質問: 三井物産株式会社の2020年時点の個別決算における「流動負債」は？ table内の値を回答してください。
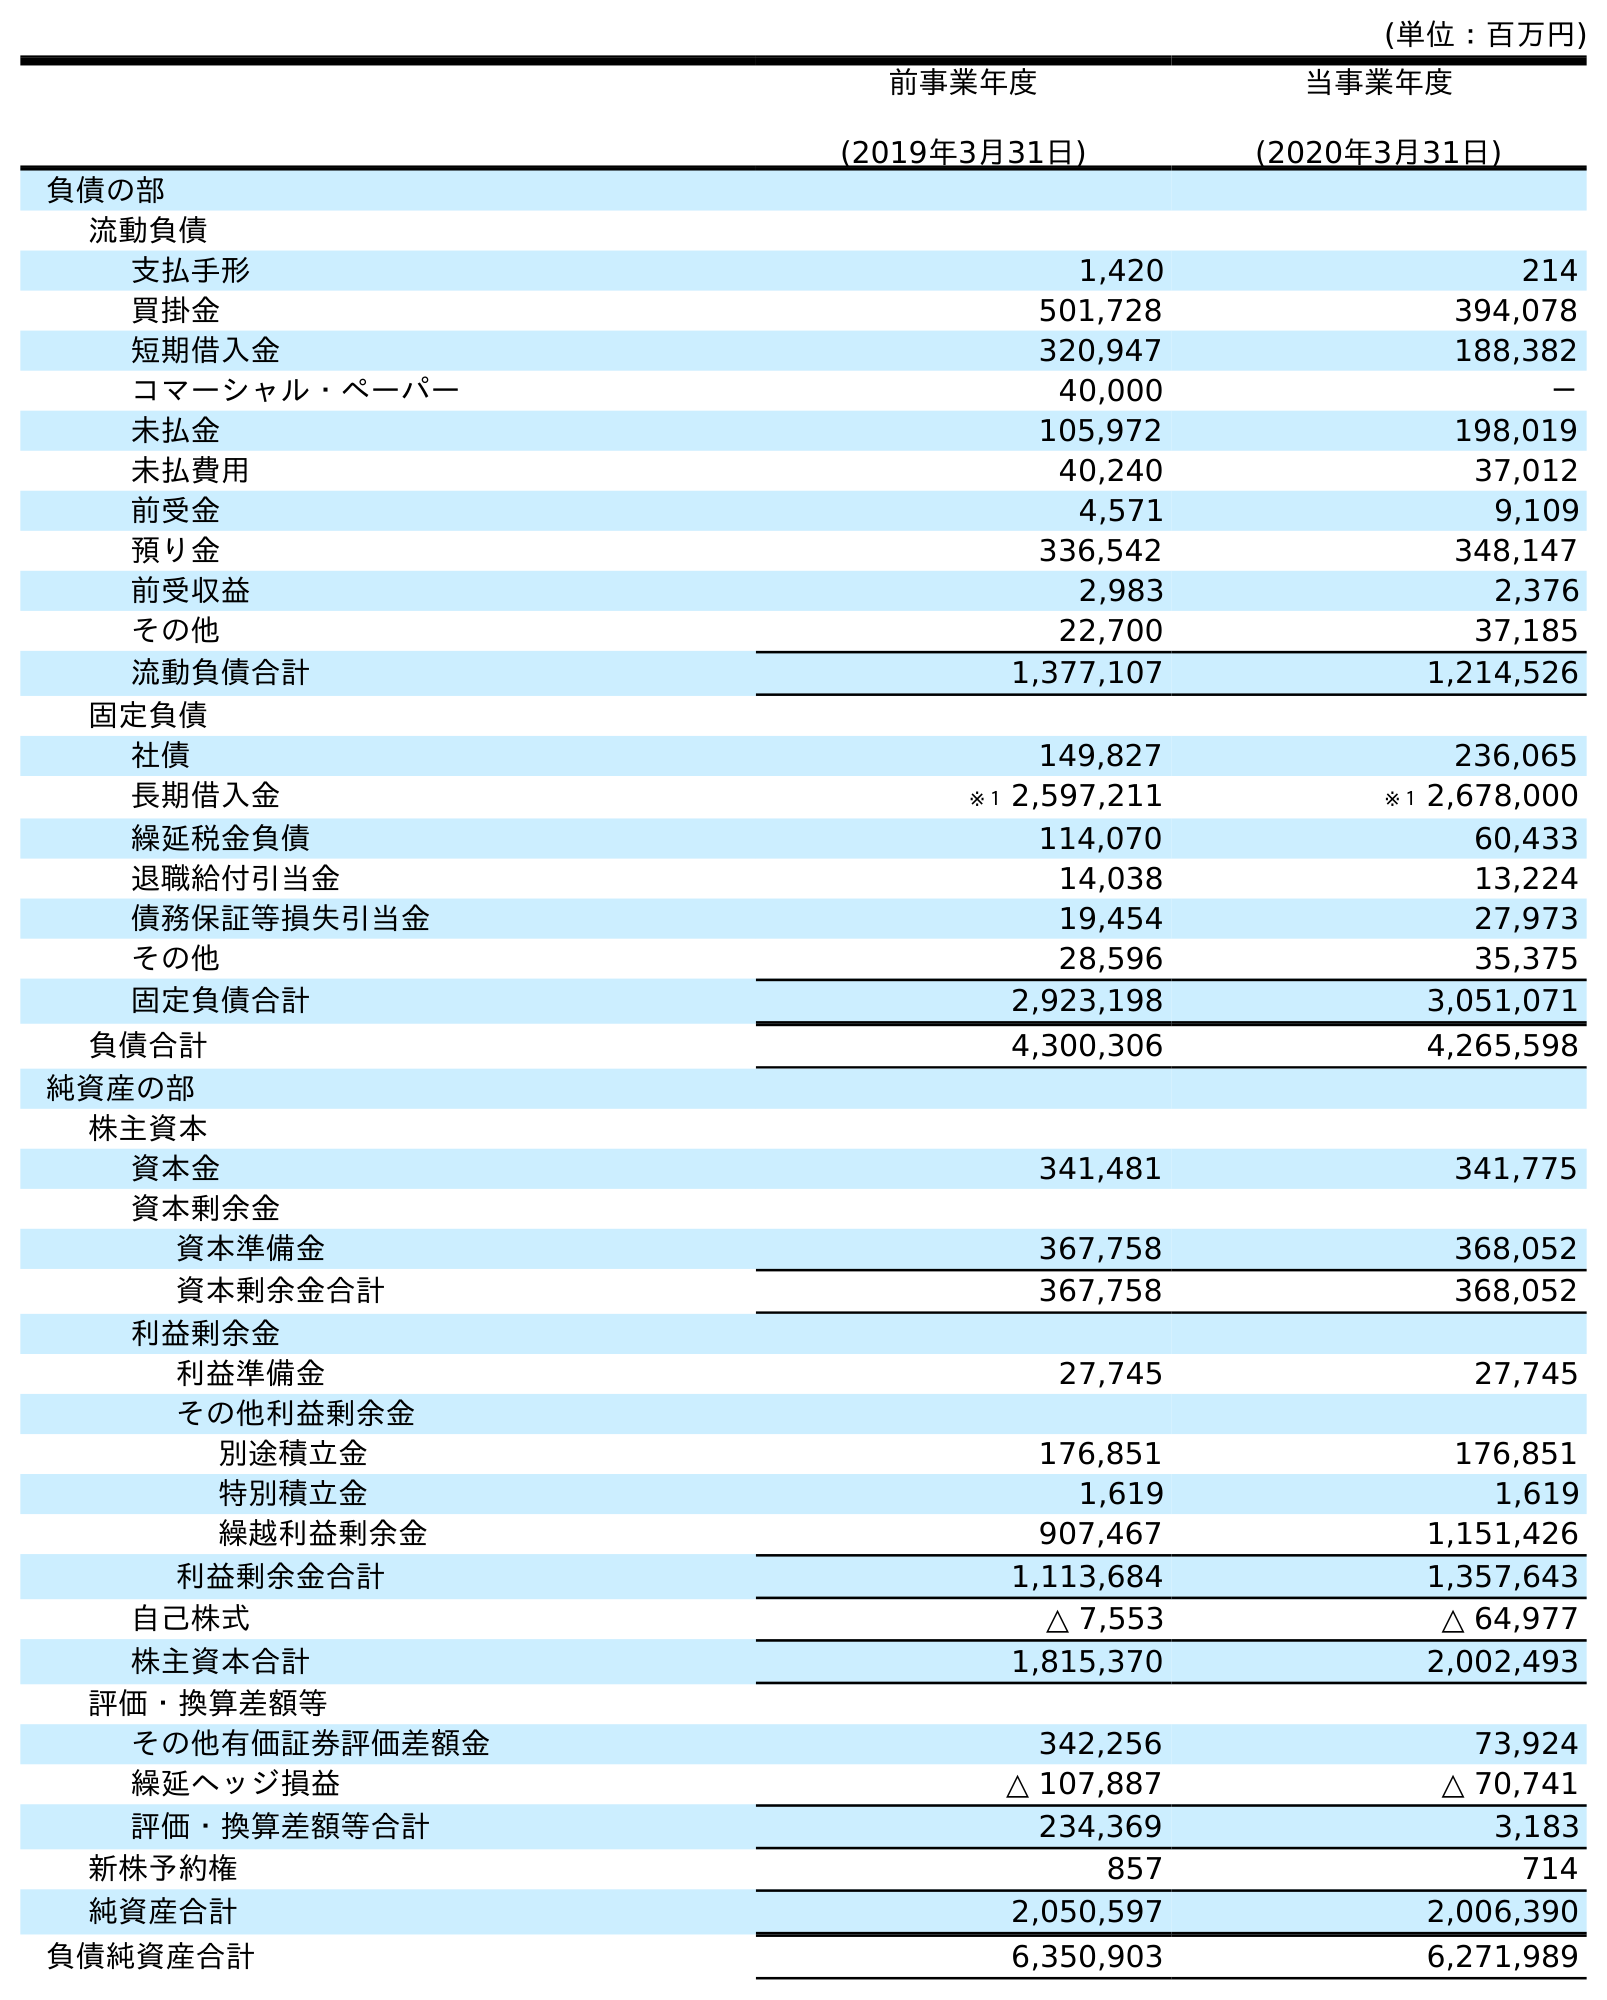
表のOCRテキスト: (単位：百万円) 前事業年度 (2019年3月31日) 当事業年度 (2020年3月31日) 負債の部 流動負債 支払手形 1,420 214 買掛金 501,728 394,078 短期借入金 320,947 188,382 コマーシャル・ペーパー 40,000 － 未払金 105,972 198,019 未払費用 40,240 37,012 前受金 4,571 9,109 預り金 336,542 348,147 前受収益 2,983 2,376 その他 22,700 37,185 流動負債合計 1,377,107 1,214,526 固定負債 社債 149,827 236,065 長期借入金 ※１ 2,597,211 ※１ 2,678,000 繰延税金負債 114,070 60,433 退職給付引当金 14,038 13,224 債務保証等損失引当金 19,454 27,973 その他 28,596 35,375 固定負債合計 2,923,198 3,051,071 負債合計 4,300,306 4,265,598 純資産の部 株主資本 資本金 341,481 341,775 資本剰余金 資本準備金 367,758 368,052 資本剰余金合計 367,758 368,052 利益剰余金 利益準備金 27,745 27,745 その他利益剰余金 別途積立金 176,851 176,851 特別積立金 1,619 1,619 繰越利益剰余金 907,467 1,151,426 利益剰余金合計 1,113,684 1,357,643 自己株式 △ 7,553 △ 64,977 株主資本合計 1,815,370 2,002,493 評価・換算差額等 その他有価証券評価差額金 342,256 73,924 繰延ヘッジ損益 △ 107,887 △ 70,741 評価・換算差額等合計 234,369 3,183 新株予約権 857 714 純資産合計 2,050,597 2,006,390 負債純資産合計 6,350,903 6,271,989
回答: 1,214,526